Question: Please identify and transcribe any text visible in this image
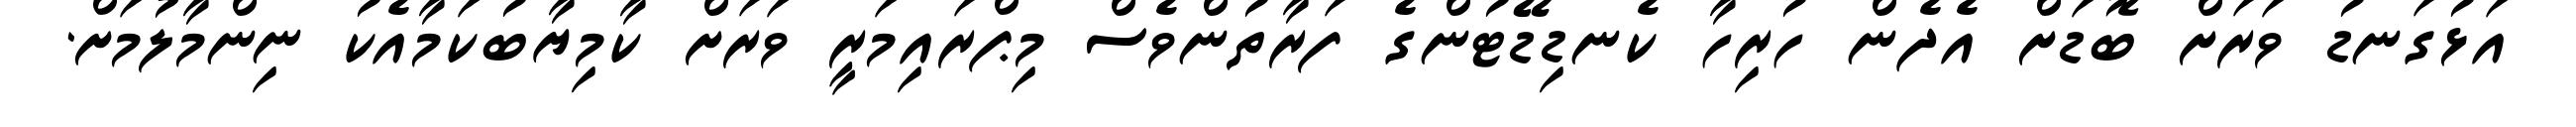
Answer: އަޅުގަނޑު ވަރަށް ބޮޑަށް އެދެން ހުރިހާ ކެނޑިޑޭޓުންގެ ފަރާތުންވެސް މިޕްރައިމަރީ ވަރަށް ކާމިޔާބުކަމާއެކު ނިންމާލުމަށް.